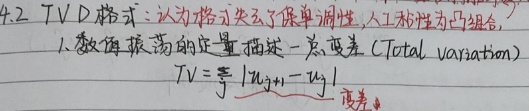
4.2 TVD 格式：认为格式丢失了保单调性，人工粘性为凸组合。
1. 数值振荡的定量描述 - 总变差 (Total variation)
\[TV=\sum_{j}|u_{j + 1}-u_{j}|\]（变差）